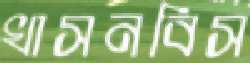
খাসনবিস